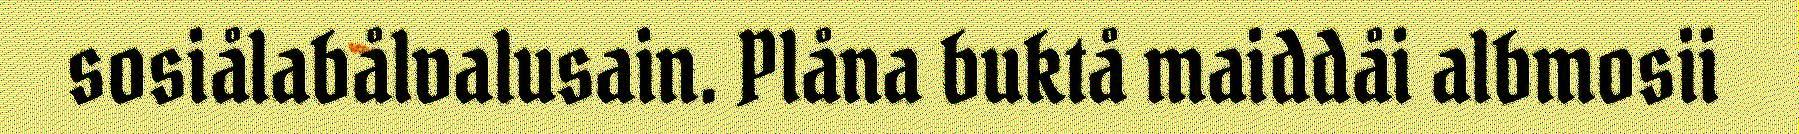
sosiålabålvalusain. Plåna buktå maiddåi albmosii